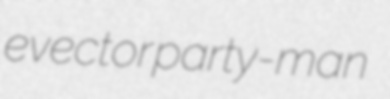
evector party-man